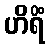
ဟိရိံ